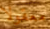
معقولا